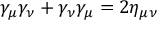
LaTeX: \gamma _ { \mu } \gamma _ { \nu } + \gamma _ { \nu } \gamma _ { \mu } = 2 \eta _ { \mu \nu }